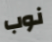
نوب